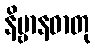
နိဗ္ဗာနဓာတု